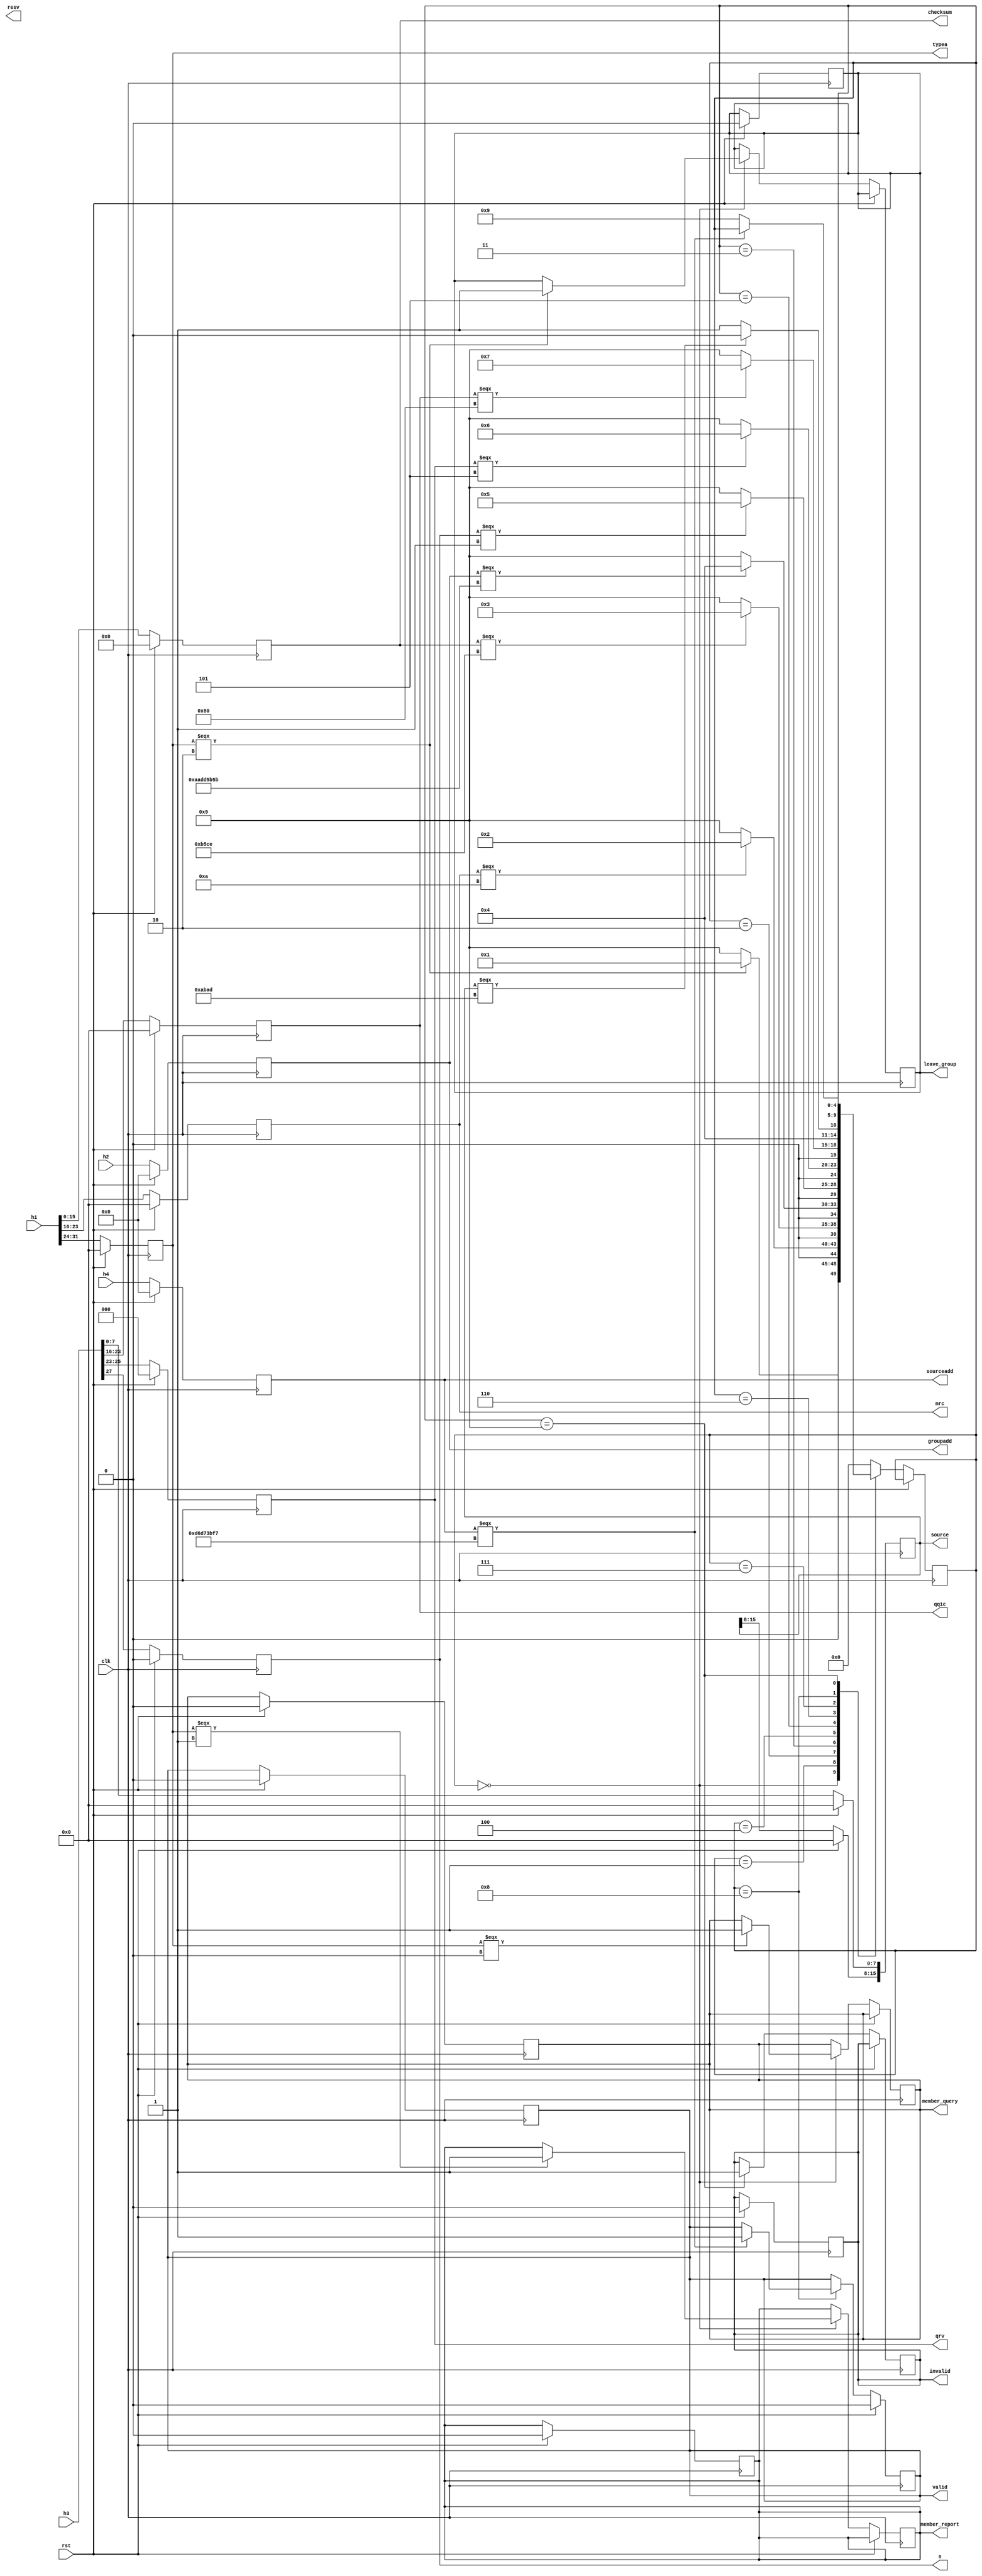
`timescale 1ns / 1ps
//////////////////////////////////////////////////////////////////////////////////
// Company: 
// Engineer: 
// 
// Design Name: 
// Module Name: receiving_igmp
// Project Name: 
// Target Devices: 
// Tool Versions: 
// Description: 
// 
// Dependencies: 
// 
// Revision:
// Revision 0.01 - File Created
// Additional Comments:
// 
//////////////////////////////////////////////////////////////////////////////////


module receiving_igmp(valid,invalid,clk,rst,h1,h2,h3,h4,typea,mrc,checksum,groupadd,resv,s,qrv,qqic,source,member_query,member_report,leave_group,sourceadd);
input [31:0]h1,h2,h3;

parameter N=31;
input [N:0]h4;
input clk;
input rst;

output reg valid,invalid,s;
output reg [2:0] qrv;
output reg [7:0] typea,mrc,qqic;
output reg [15:0] checksum,source;
output reg [31:0] groupadd;
output reg [3:0] resv;
output reg member_query;
output reg member_report;
output reg leave_group;
output reg [31:0] sourceadd;


always@( posedge clk)
     if(rst)
            begin
            valid = 0;
            invalid = 0;
            s = 0;
            qrv = 3'b0;
            typea = 8'b0;
            mrc = 8'b0;
            qqic = 8'b0;
            checksum = 16'b0;
            source = 16'b0;
            groupadd = 32'b0;
            member_query = 1'b0;
            member_report = 1'b0;
            leave_group =1'b0;
            sourceadd = 32'b0;
            end
     else
            begin
            typea [7:0] <= h1[31:24];
            mrc [7:0] = h1[23:16];
            checksum [15:0] = h1[15:0];
            groupadd [31:0] = h2[31:0];
            s = h3[27:27];
            qrv [2:0] = h3[26:23];
            qqic [7:0] = h3[23:16];
            source [7:0] = h3[15:0];
            sourceadd [N:0] = h4[N:0];
            end 

parameter p0=0;
parameter p1=1;
parameter p2=2;
parameter p3=3;
parameter p4=4;
parameter p5=5;
parameter p6=6;
parameter p7=7;
parameter p8=8;
parameter p9=9;
parameter p10=10;
parameter p11=11;


reg [4:0] state;

always@(posedge clk)
     if(rst)
            begin
                valid=0;
            end    
     else
            begin
            case(state)
            p0: begin
                 if(typea === 8'b0)
                     begin
                        member_query = 1; 
                        state = p1;
                     end
                 if(typea === 8'b1)     
                     begin
                        member_report = 1; 
                        state = p1;
                     end
                 if(typea === 8'b10)     
                     begin
                        leave_group = 1; 
                        state = p1;
                     end
                 else
                     begin 
                        state = p9;
                     end 
                 end
            p1: begin
                 if(mrc === 8'b1010)
                     begin
                        state = p2;
                     end
                 else
                     begin
                        state = p9;
                     end           
                 end
            p2: begin
                      if(checksum === 16'b1011010111001110)
                          begin
                             state = p3;
                          end
                      else
                          begin
                             state = p9;
                          end           
                      end
            p3: begin
                      if(groupadd === 32'b10101010110111010101101101011011)
                           begin
                              state = p4;
                           end
                      else
                           begin
                              state = p9;
                           end           
                      end                 
                              
            p4: begin
                      if(s === 1)
                           begin
                              state = p5;
                           end
                      else
                           begin
                              state = p9;
                           end           
                      end                       
                                             
            p5: begin
                      if(qrv === 3'b101)
                            begin
                                state = p6;
                            end
                      else
                            begin
                                state = p9;
                            end           
                      end
            p6: begin
                      if(qqic === 8'b10000000)
                            begin
                                 state = p7;
                            end
                      else
                            begin
                                 state = p9;
                            end           
                      end
            p7: begin
                      if(source === 16'b1010101110101101)
                             begin
                                  state = p8;
                             end
                      else
                             begin
                                  state = p9;
                             end           
                      end
            p8: begin
                      if(sourceadd === 32'b11010110110101110011101111110111)
                            begin
                                  valid = 1;  
                            end
                      else
                            begin
                                  state = p9;
                            end
                 end                       
            p9: begin
                      invalid = 1;  
                 end  
                 default:state=p0;                    
            endcase
            end          
                          
endmodule